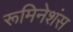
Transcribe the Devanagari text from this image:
रूमिनेशंस